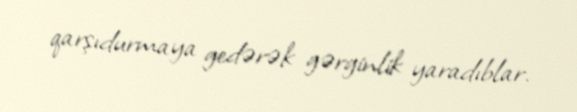
qarşıdurmaya gedərək gərginlik yaradıblar.